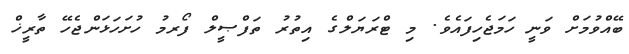
ބޭއްވުމަށް ވަނީ ހަމަޖެހިފައެވެ. މި ޓްރަޔަލްގެ އިތުރު ތަފްޞީލް ފޯރމު ހުށަހަޅަންޖެހޭ ތާރީޚް